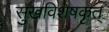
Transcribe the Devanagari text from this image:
सुखविशेषकृत्